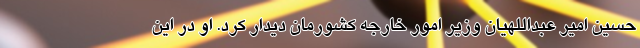
حسین امیر عبداللهیان وزیر امور خارجه کشورمان دیدار کرد. او در این